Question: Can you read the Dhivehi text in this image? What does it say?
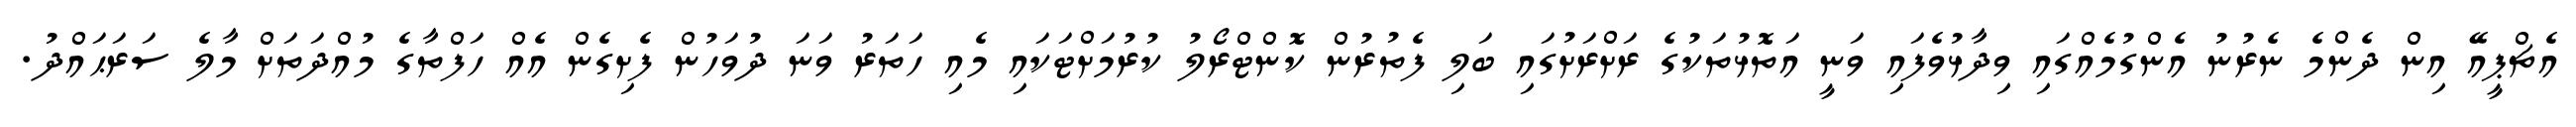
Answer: އެޗްޕީއޭ އިން ދެންމެ ނެރުނު އެންގުމެއްގައި ވިދާޅުވެފައި ވަނީ އަތޮޅުތަކުގެ ރަށްރަށުގައި ބަލި ފެތުރުން ކޮންޓްރޯލު ކުރުމަށްޓަކައި މެއި ހަތަރު ވަނަ ދުވަހުން ފެށިގެން އެއް ހަފްތާގެ މުއްދަތަށް މާލެ ސަރަޙައްދު.